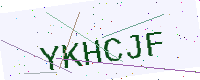
Text: YKHCJF